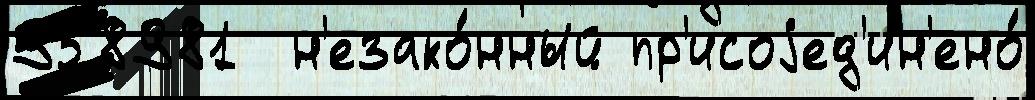
958981  н'езако́нный пр'исоjед'ин'ено́